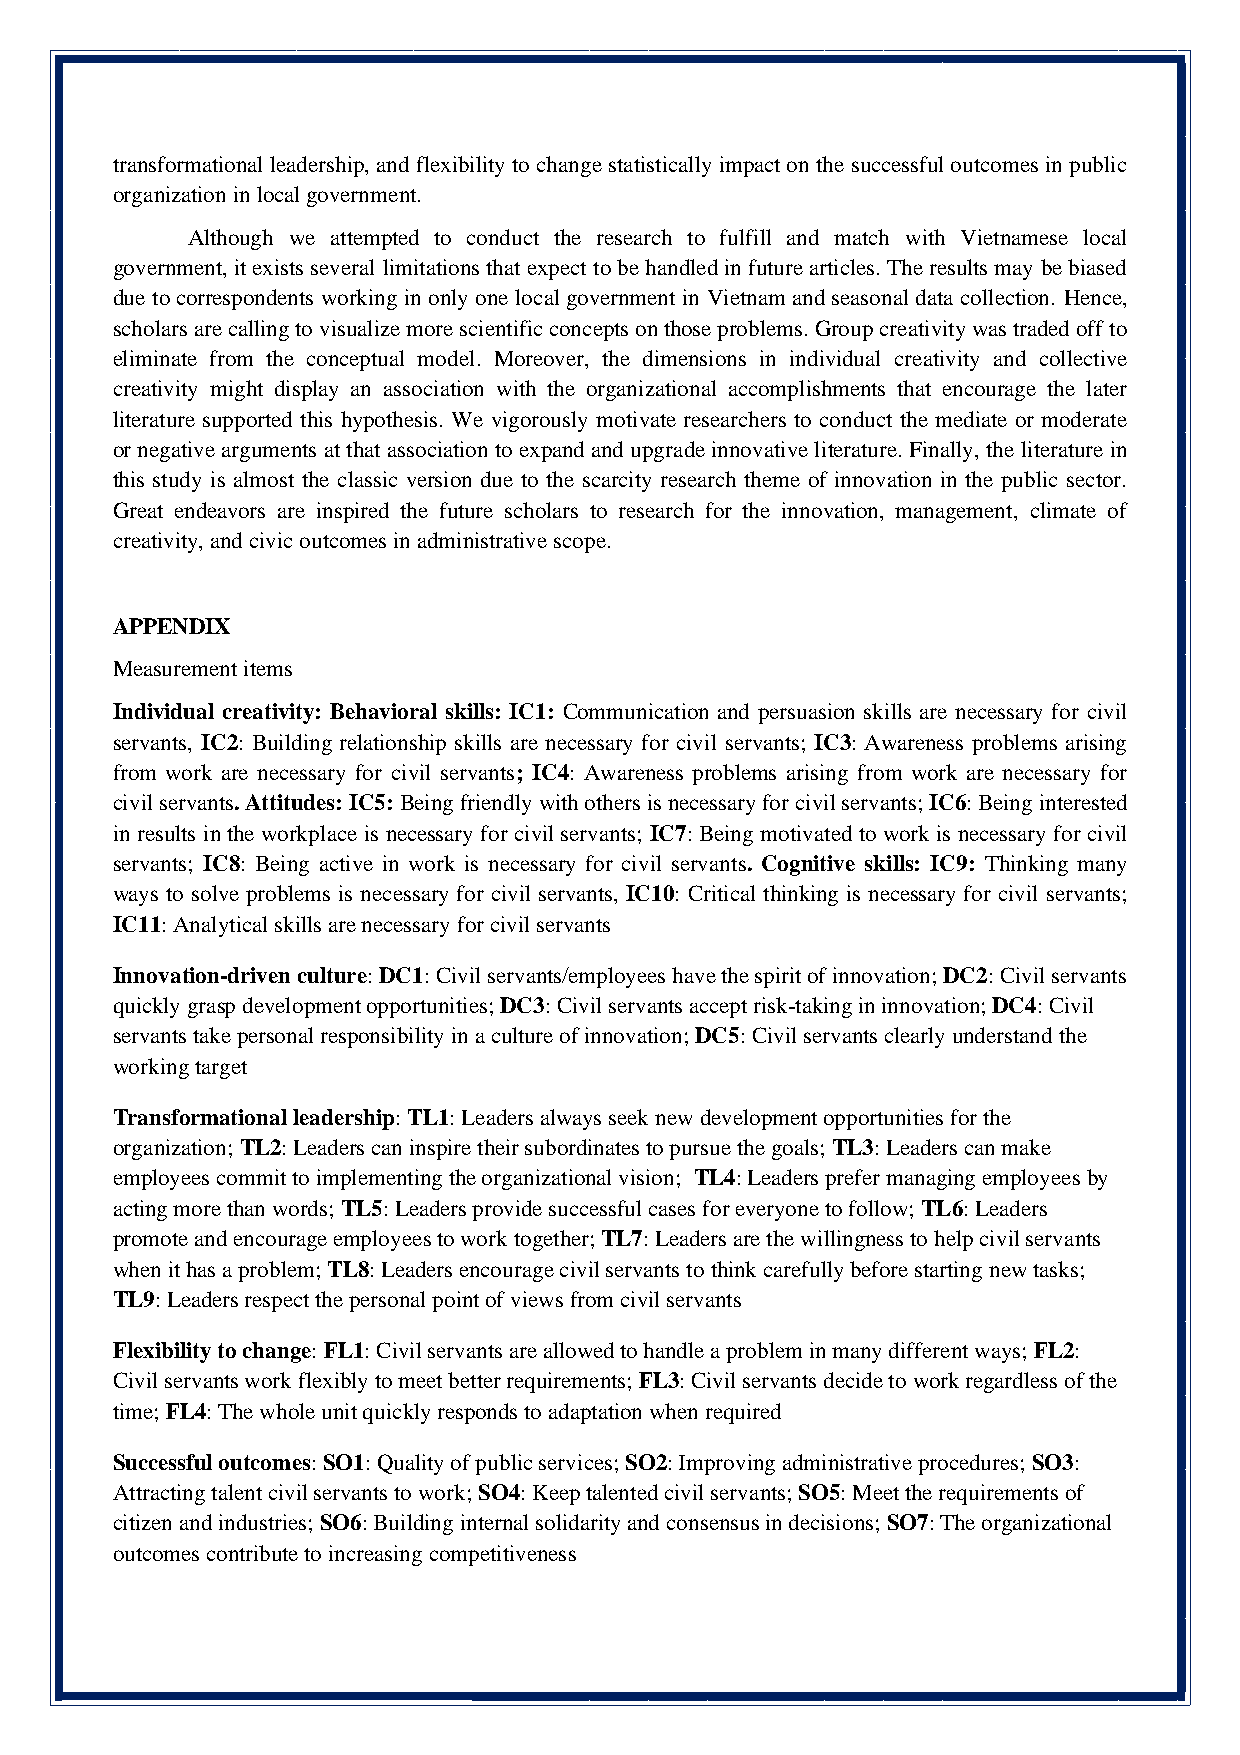
transformational leadership, and flexibility to change statistically impact on the successful outcomes in public
 organization in local government.
 Although we attempted to conduct the research to fulfill and match with Vietnamese local
 government, it exists several limitations that expect to be handled in future articles. The results may be biased
 due to correspondents working in only one local government in Vietnam and seasonal data collection. Hence,
 scholars are calling to visualize more scientific concepts on those problems. Group creativity was traded off to
 eliminate from the conceptual model. Moreover, the dimensions in individual creativity and collective
 creativity might display an association with the organizational accomplishments that encourage the later
 literature supported this hypothesis. We vigorously motivate researchers to conduct the mediate or moderate
 or negative arguments at that association to expand and upgrade innovative literature. Finally, the literature in
 this study is almost the classic version due to the scarcity research theme of innovation in the public sector.
 Great endeavors are inspired the future scholars to research for the innovation, management, climate of
 creativity, and civic outcomes in administrative scope.
 APPENDIX
 Measurement items
 Individual creativity: Behavioral skills: IC1: Communication and persuasion skills are necessary for civil
 servants, IC2: Building relationship skills are necessary for civil servants; IC3: Awareness problems arising
 from work are necessary for civil servants; IC4: Awareness problems arising from work are necessary for
 civil servants. Attitudes: IC5: Being friendly with others is necessary for civil servants; IC6: Being interested
 in results in the workplace is necessary for civil servants; IC7: Being motivated to work is necessary for civil
 servants; IC8: Being active in work is necessary for civil servants. Cognitive skills: IC9: Thinking many
 ways to solve problems is necessary for civil servants, IC10: Critical thinking is necessary for civil servants;
 IC11: Analytical skills are necessary for civil servants
 Innovation-driven culture: DC1: Civil servants/employees have the spirit of innovation; DC2: Civil servants
 quickly grasp development opportunities; DC3: Civil servants accept risk-taking in innovation; DC4: Civil
 servants take personal responsibility in a culture of innovation; DC5: Civil servants clearly understand the
 working target
 Transformational leadership: TL1: Leaders always seek new development opportunities for the
 organization; TL2: Leaders can inspire their subordinates to pursue the goals; TL3: Leaders can make
 employees commit to implementing the organizational vision; TL4: Leaders prefer managing employees by
 acting more than words; TL5: Leaders provide successful cases for everyone to follow; TL6: Leaders
 promote and encourage employees to work together; TL7: Leaders are the willingness to help civil servants
 when it has a problem; TL8: Leaders encourage civil servants to think carefully before starting new tasks;
 TL9: Leaders respect the personal point of views from civil servants
 Flexibility to change: FL1: Civil servants are allowed to handle a problem in many different ways; FL2:
 Civil servants work flexibly to meet better requirements; FL3: Civil servants decide to work regardless of the
 time; FL4: The whole unit quickly responds to adaptation when required
 Successful outcomes: SO1: Quality of public services; SO2: Improving administrative procedures; SO3:
 Attracting talent civil servants to work; SO4: Keep talented civil servants; SO5: Meet the requirements of
 citizen and industries; SO6: Building internal solidarity and consensus in decisions; SO7: The organizational
 outcomes contribute to increasing competitiveness